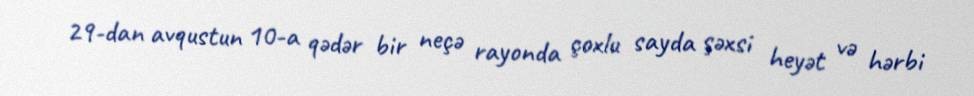
29-dan avqustun 10-a qədər bir neçə rayonda çoxlu sayda şəxsi heyət və hərbi